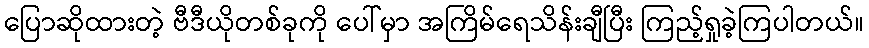
ပြောဆိုထားတဲ့ ဗီဒီယိုတစ်ခုကို ပေါ်မှာ အကြိမ်ရေသိန်းချီပြီး ကြည့်ရှုခဲ့ကြပါတယ်။